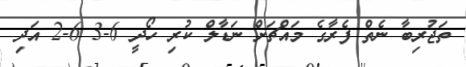
ތަޖުރިބާ ނެތް ފެރާގެ މައްޗަށް ނަޑާލް ކުރި ހޯދީ 6-3 6-2 އަދި